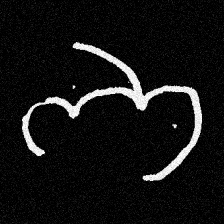
Pyu character \u2014 Myanmar letter: ဘ (romanized: bha)